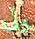
ولى